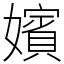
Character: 嬪